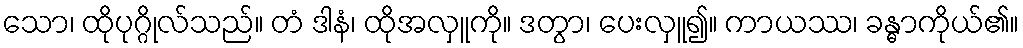
သော၊ ထိုပုဂ္ဂိုလ်သည်။ တံ ဒါနံ၊ ထိုအလှူကို။ ဒတွာ၊ ပေးလှူ၍။ ကာယဿ၊ ခန္ဓာကိုယ်၏။